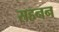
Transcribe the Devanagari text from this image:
सहनन